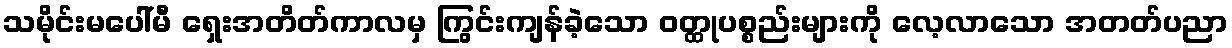
သမိုင်းမပေါ်မီ ရှေးအတိတ်ကာလမှ ကြွင်းကျန်ခဲ့သော ဝတ္ထုပစ္စည်းများကို လေ့လာသော အတတ်ပညာ